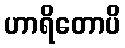
ဟာရိတောပိ